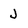
Character: J